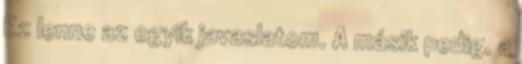
Ez lenne az egyik javaslatom. A másik pedig, a